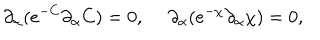
LaTeX: \partial _ { \alpha } ( e ^ { - C } \partial _ { \alpha } C ) = 0 , ~ ~ \partial _ { \alpha } ( e ^ { - \chi } \partial _ { \alpha } \chi ) = 0 ,